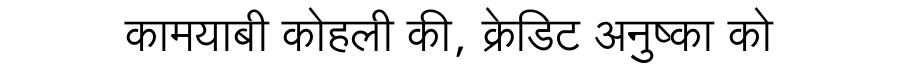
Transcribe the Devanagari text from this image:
कामयाबी कोहली की, क्रेडिट अनुष्का को